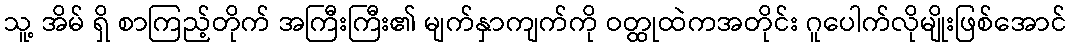
သူ့ အိမ် ရှိ စာကြည့်တိုက် အကြီးကြီး၏ မျက်နှာကျက်ကို ဝတ္ထုထဲကအတိုင်း ဂူပေါက်လိုမျိုးဖြစ်အောင်